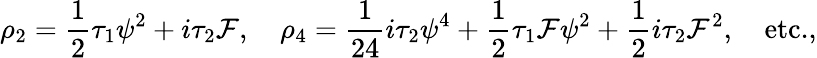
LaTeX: \rho_{2}={\frac{1}{2}}\tau_{1}\psi^{2}+i\tau_{2}{\cal F},\quad\rho_{4}={\frac{1}{24}}i\tau_{2}\psi^{4}+{\frac{1}{2}}\tau_{1}{\cal F}\psi^{2}+{\frac{1}{2}}i\tau_{2}{\cal F}^{2},\quad\mathrm{etc.},